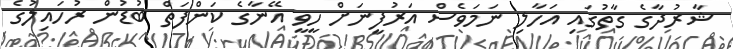
ޝާރުދާގެ ގާތުގައި އަހާލި ނަމަވެސް އަރުފީނަށް ހީވީ އޭނާގެ ކަންފަތް ބުޑުން ރުހައިލުގެ